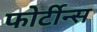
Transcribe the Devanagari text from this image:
फोर्टीन्स